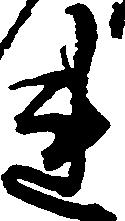
連